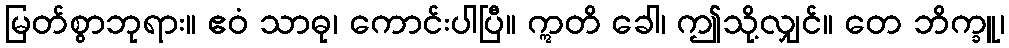
မြတ်စွာဘုရား။ ဧဝံ သာဓု၊ ကောင်းပါပြီ။ ဣတိ ခေါ၊ ဤသို့လျှင်။ တေ ဘိက္ခူ၊